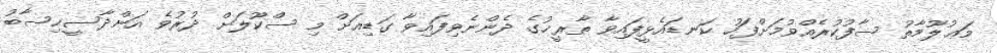
މަޢުލޫމާތު ސާފުކުރެއްވުމަށްފަހު ކަނޑައެޅީފައިވާ ތާރީޚުގެ ދެންނެވިފައިވާ ގަޑިއަށް މި ސްކޫލަށް ދުރުވެ އަންދާސީހިސާބު